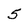
Character: 5